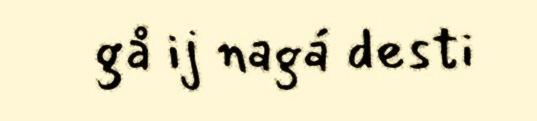
gå ij nagá desti